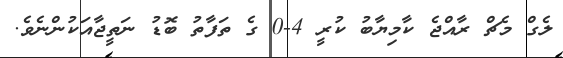
ލެގް މެޗް ރާއްޖެ ކާމިޔާބު ކުރީ 4-0 ގެ ތަފާތު ބޮޑު ނަތީޖާއަކުންނެވެ.